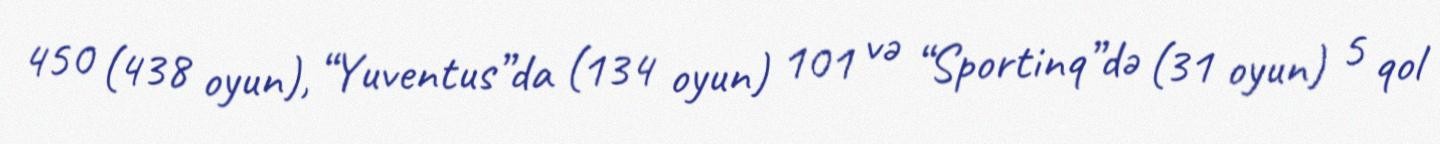
450 (438 oyun), “Yuventus”da (134 oyun) 101 və “Sportinq”də (31 oyun) 5 qol